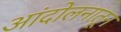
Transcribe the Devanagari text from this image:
आंदोलनातून